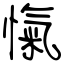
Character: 愾